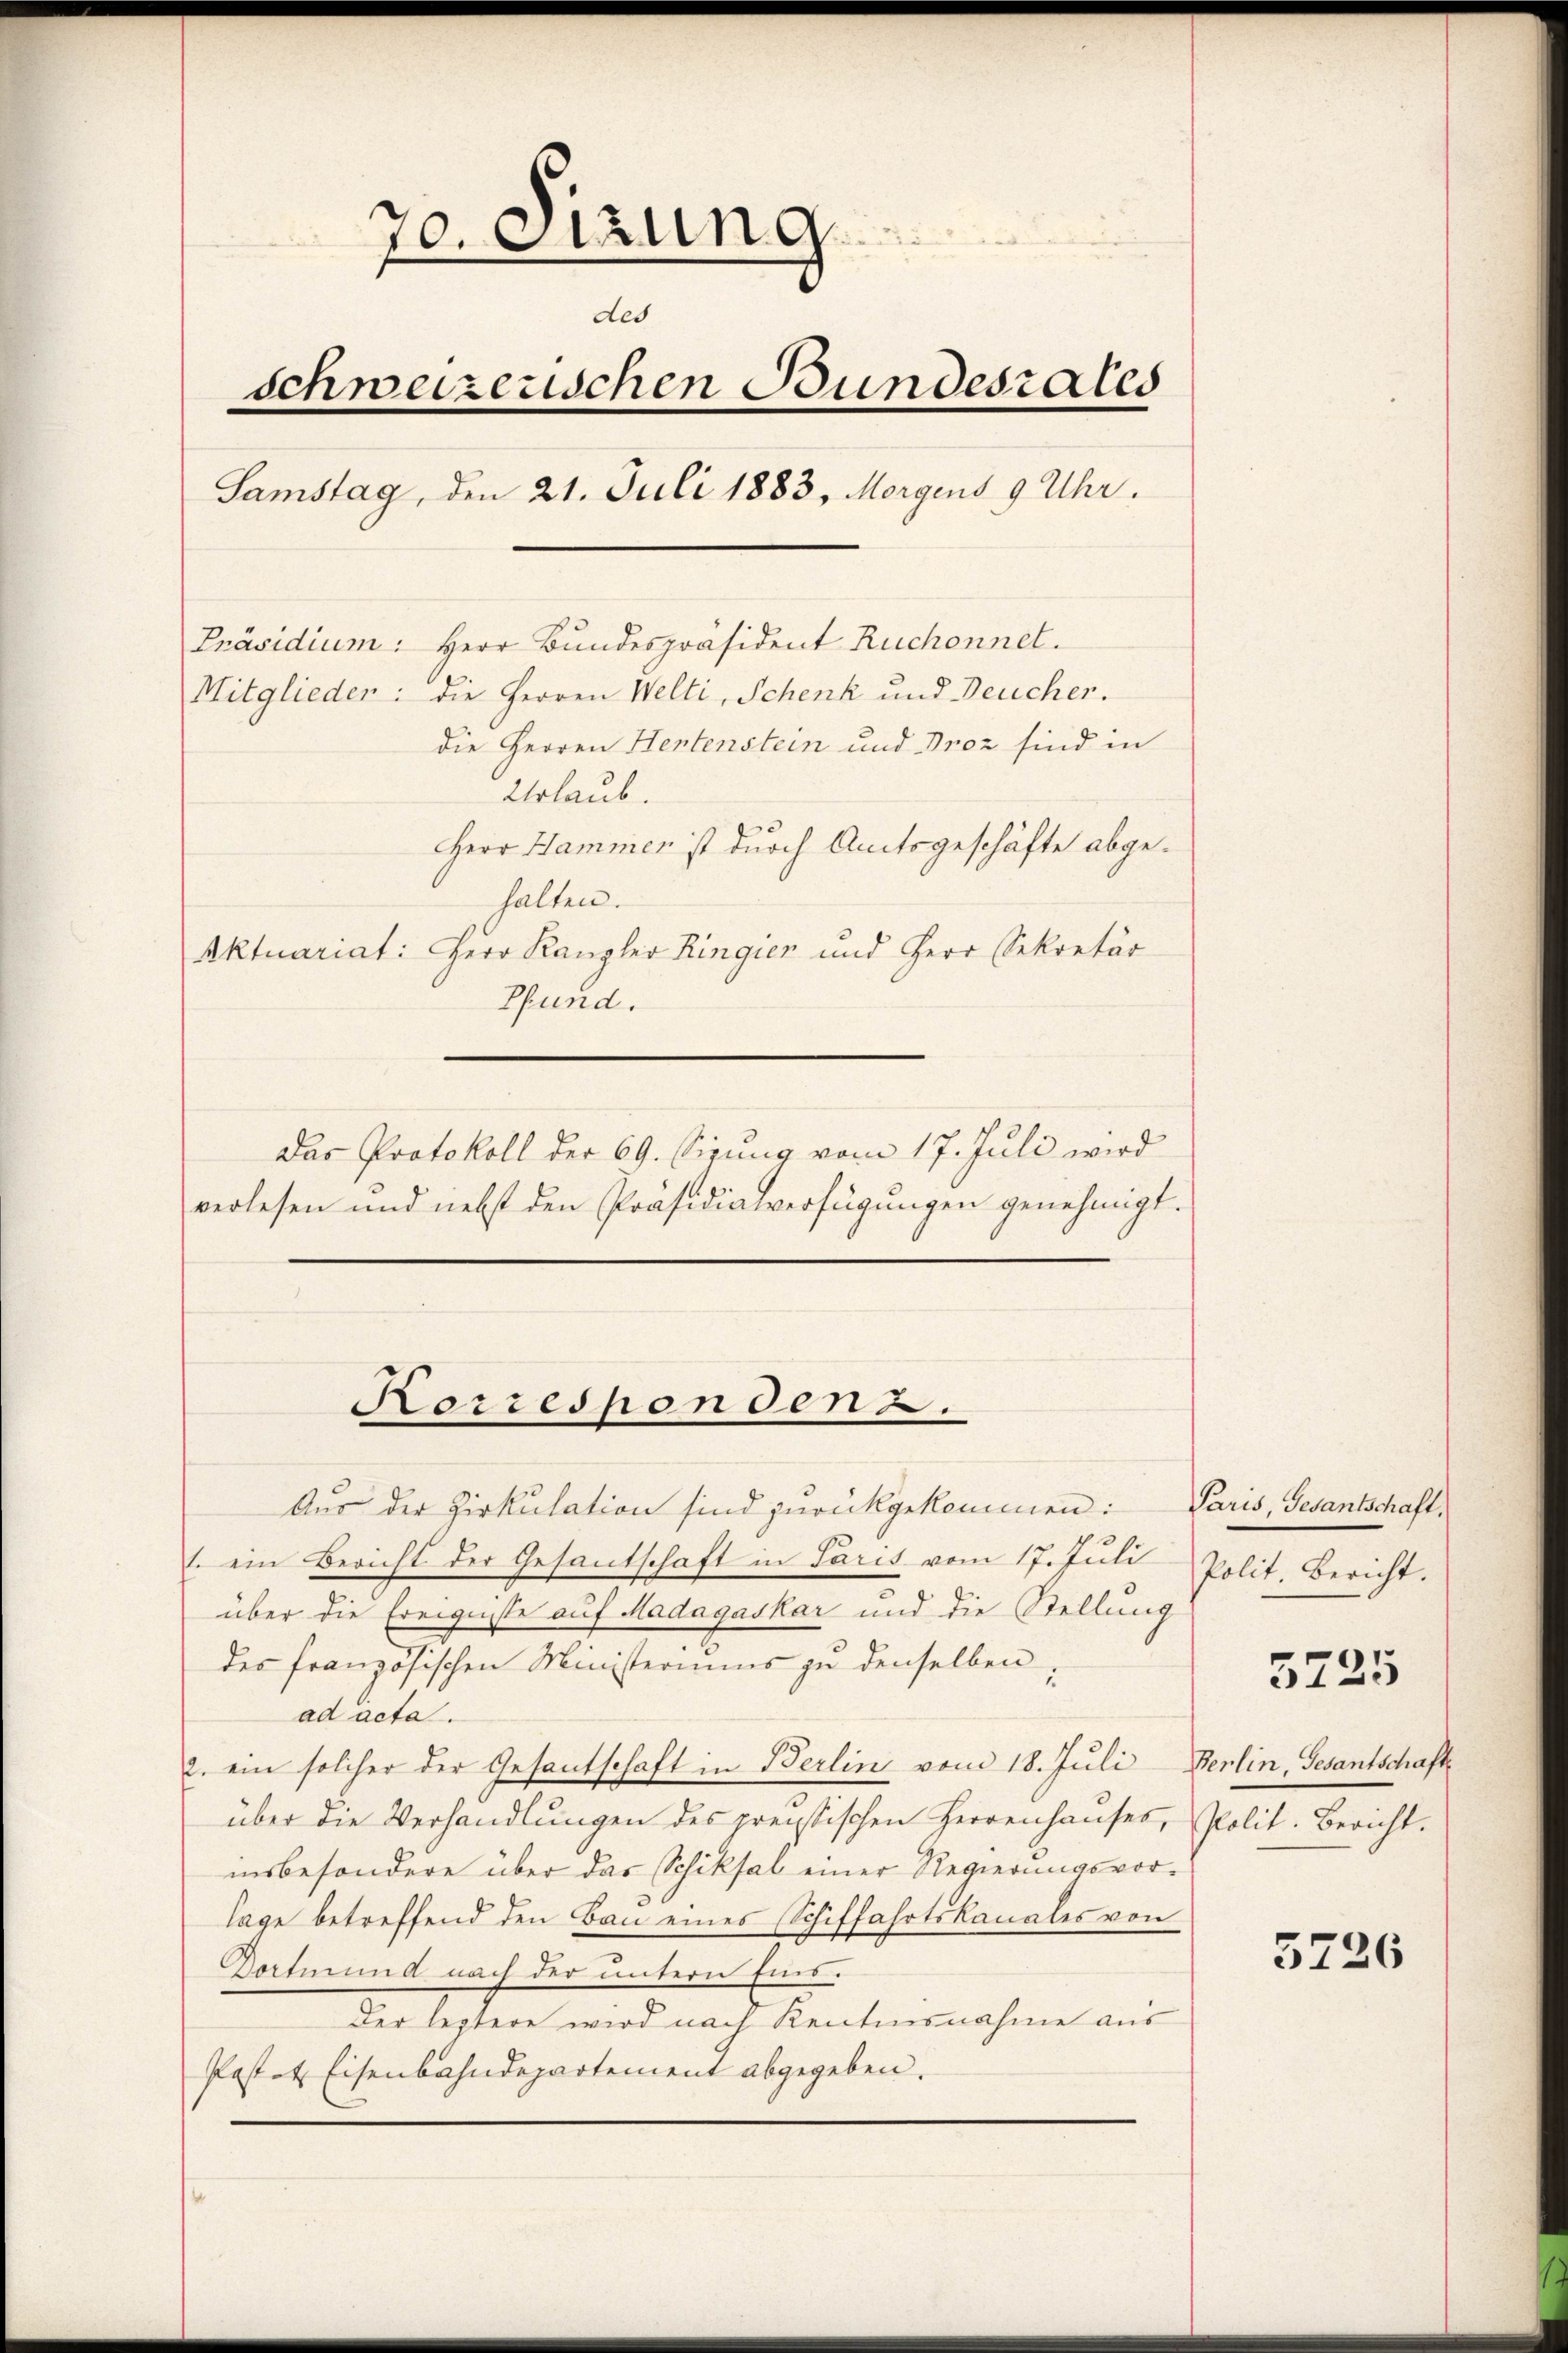
70. Sitzung
des
schweizerischen Bundesrates
Samstag, den 21. Juli 1883, Morgens 9 Uhr.
Präsidium: Herr Bundespräsident Ruchonnet.
Mitglieden: die Herren Welti, Schenk und Deucher.
die Herren Hentenstein und Droz sind in
Urlaub.
Herr Hammen ist durch Amtsgeschäfte abgehalten.
Aktuariat: Herr Kanzler Ringien und Herr Sekretär
Pfund.

Das Protokoll der 69. Sizung vom 17. Juli wird
verlesen und nebst den Präsidialverfügungen genehmigt.

Korresponden 2.

Aus der Zirkulation sind zurückgekommen:
1. ein Bericht der Gesantschaft in Paris vom 17. Juli
über die Ereignisse auf Madagaskar und die Stellung
des französischen Ministeriums zu denselben,
ad acta.
2. ein solcher der Gesantschaft in Berlin vom 18. Juli Berlin, Gesantschaft
über die Verhandlungen des preissischen Herrenhauses,
insbesondere über das Schiksal einer Regierungsvorlage betreffend den Bau eines Schiffahrtskanales von
Vetmund nach der untern Eins¬
Der leztere wird nach Kentensnahme aus
Pastet. Eisenbahndepartement abgegeben.

Paris, Gesantschaft,
Polit. Bericht.

5725

Polit. Bericht.

5726